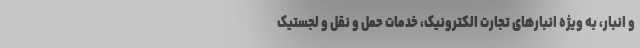
و انبار، به ویژه انبارهای تجارت الکترونیک، خدمات حمل و نقل و لجستیک